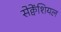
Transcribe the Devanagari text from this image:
सेक्वेंशियल